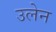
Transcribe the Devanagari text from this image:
उलेन